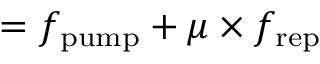
= f _ { \mathrm { p u m p } } + \mu \times f _ { \mathrm { r e p } }